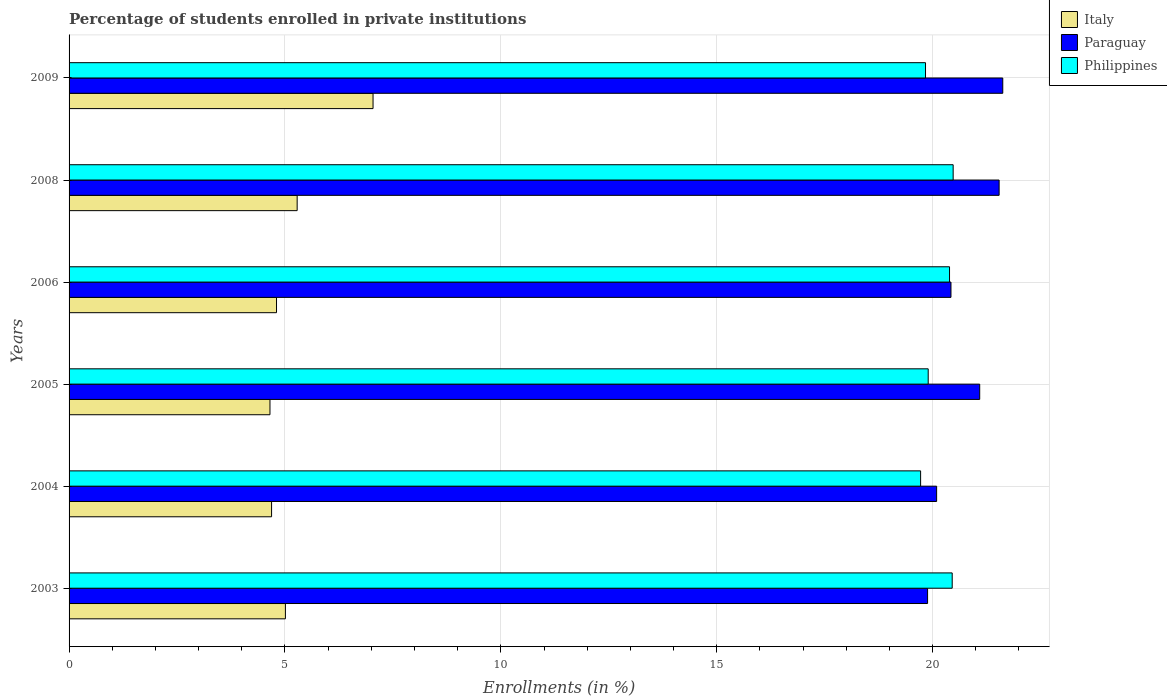
| Years | Italy | Paraguay | Philippines |
 | --- | --- | --- | --- |
 | 2003 | 5.01 | 19.9 | 20.5 |
 | 2004 | 4.69 | 20.1 | 19.7 |
 | 2005 | 4.65 | 21.1 | 19.9 |
 | 2006 | 4.8 | 20.4 | 20.4 |
 | 2008 | 5.28 | 21.5 | 20.5 |
 | 2009 | 7.04 | 21.6 | 19.8 |